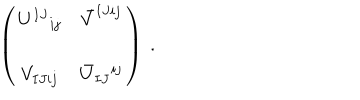
LaTeX: \left( \begin{matrix} { { U ^ { I J } { } _ { i j } } } & { { \bar { V } ^ { I J i j } } } \\ { { V _ { I J i j } } } & { { \bar { U } _ { I J } { } ^ { i j } } } \\ \end{matrix} \right) \ .